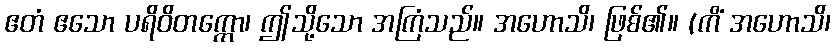
ဧတံ ဧသော ပရိဝိတက္ကော၊ ဤသို့သော အကြံသည်။ အဟောသိ၊ ဖြစ်၏။ (ကိံ အဟောသိ၊